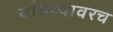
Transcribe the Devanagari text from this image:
थांबल्यावरच